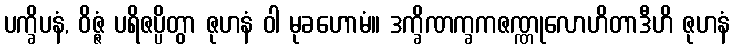
ပက္ခိပနံ, ဝိဇ္ဇံ ပရိဇပ္ပိတွာ ဇုဟနံ ဝါ မုခဟောမံ။ ဒက္ခိဏက္ခကဇဏ္ဏုလောဟိတာဒီဟိ ဇုဟနံ